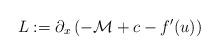
\begin{align*}L:=\partial_x\left(-\mathcal{M}+c-f'(u)\right)\end{align*}